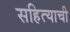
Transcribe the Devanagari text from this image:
सहित्याची